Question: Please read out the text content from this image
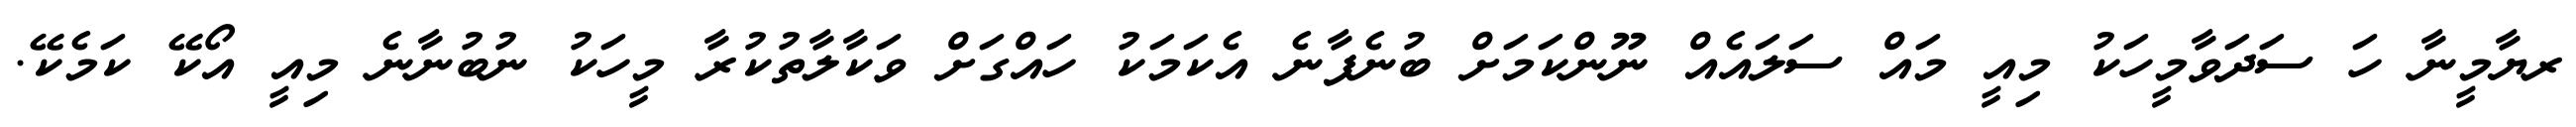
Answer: ރޔާމީނާ ހަ ސަދަވާމީހަކު މިއީ މައް ސަލައެއް ނޫންކަމަށް ބުނެފާނެ އެކަމަކު ހައްގަށް ވަކާލާތުކުރާ މީހަކު ނުބުނާނެ މިއީ އޯކޭ ކަމެކޭ.